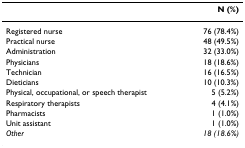
<table><thead><tr><td></td><td><b>N (%)</b></td></tr></thead><tbody><tr><td>Registered nurse</td><td>76 (78.4%)</td></tr><tr><td>Practical nurse</td><td>48 (49.5%)</td></tr><tr><td>Administration</td><td>32 (33.0%)</td></tr><tr><td>Physicians</td><td>18 (18.6%)</td></tr><tr><td>Technician</td><td>16 (16.5%)</td></tr><tr><td>Dieticians</td><td>10 (10.3%)</td></tr><tr><td>Physical, occupational, or speech therapist</td><td>5 (5.2%)</td></tr><tr><td>Respiratory therapists</td><td>4 (4.1%)</td></tr><tr><td>Pharmacists</td><td>1 (1.0%)</td></tr><tr><td>Unit assistant</td><td>1 (1.0%)</td></tr><tr><td><i>Other</i></td><td><i>18 (18.6%)</i></td></tr></tbody></table>